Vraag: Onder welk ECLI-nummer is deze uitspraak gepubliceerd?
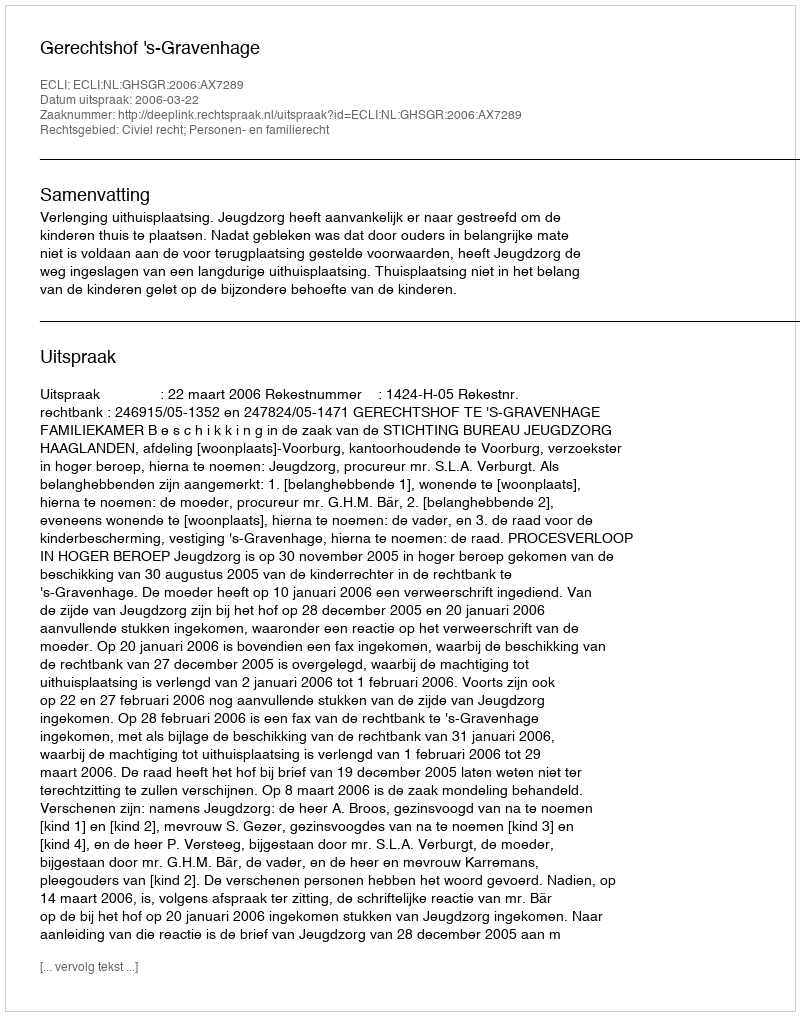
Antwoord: ECLI:NL:GHSGR:2006:AX7289